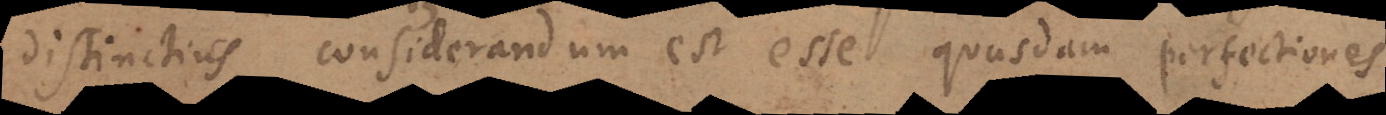
distinctius considerandum est esse quasdam perfectiones